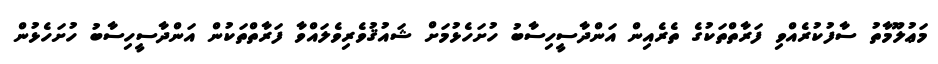
މަޢުލޫމާތު ސާފުކުރެއްވި ފަރާތްތަކުގެ ތެރެއިން އަންދާސީހިސާބު ހުށަހެޅުމަށް ޝައުޤުވެރިވެލައްވާ ފަރާތްތަކުން އަންދާސީހިސާބު ހުށަހެޅުން